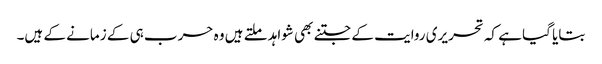
بتایا گیا ہے کہ تحریری روایت کے جتنے بھی شواہد ملتے ہیں وہ حرب ہی کے زمانے کے ہیں۔